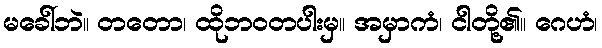
မခေါ်ဘဲ။ တတော၊ ထိုဘဝတပါးမှ။ အမှာကံ၊ ငါတို့၏။ ဂေဟံ၊